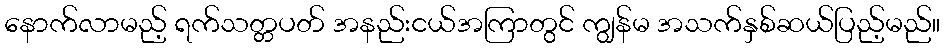
နောက်လာမည့် ရက်သတ္တပတ် အနည်းငယ်အကြာတွင် ကျွန်မ အသက်နှစ်ဆယ်ပြည့်မည်။